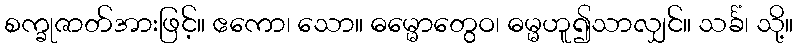
စက္ခုဇာတ်အားဖြင့်။ ဧကော၊ သော။ ဓမ္မောတွေဝ၊ ဓမ္မဟူ၍သာလျှင်။ သင်္ခံ၊ သို့။